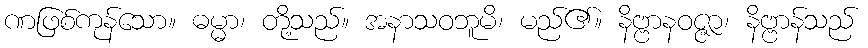
ဏဖြစ်ကုန်သော။ ဓမ္မာ၊ တို့သည်။ အနာသဝဘူမိ၊ မည်၏။ နိဗ္ဗာနဝဇ္ဇာ၊ နိဗ္ဗာန်သည်